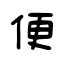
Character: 便